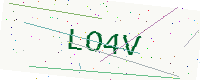
Text: LO4V